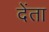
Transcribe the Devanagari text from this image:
देंता